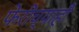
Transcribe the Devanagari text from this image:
फेरीच्याही